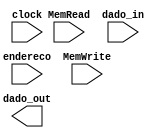
//Memoria de dados
/*
Codigo em C
#include <stdio.h>

int main(){
	int i, n, t1 = 1, t2 = 1, sum;
	printf("Informe o numero de termos: ");
	scanf("%d", &n);
	
	printf("SERIE DE FIBONACCI: \n");
	for(i = 1; i <= n; i++){
		printf("%d, ", t1);
		sum = t1 + t2:
		t1 = t2;
		t2 = sum;
	}
}

*/
module Mem_Dados(clock, endereco, MemRead, MemWrite, dado_in, dado_out);

input clock, MemRead, MemWrite;
input [7:0]endereco, dado_in;
output [7:0]dado_out;

reg [7:0] dado [15:0];

//assign dado_out = line;

//Carrega dados na memoria
initial
	begin
		dado[0] = 8'b00000000; //t1 = 1;
		dado[1] = 8'b00000001; //t2 = 1;
		dado[2] = 8'b00000010; //sum
	end

always @(posedge clock)//Escrita

begin

if(MemWrite & !MemRead)
	dado[endereco] = dado_in;
if(MemRead & !MemWrite)
	dado[endereco] = dado_out;
end

//Leitura de dados?

endmodule